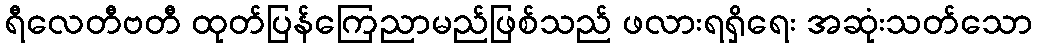
ရီလေတီဗတီ ထုတ်ပြန်ကြေညာမည်ဖြစ်သည် ဖလားရရှိရေး အဆုံးသတ်သော